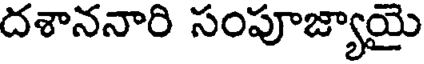
దశాననారి సంపూజ్యాయై